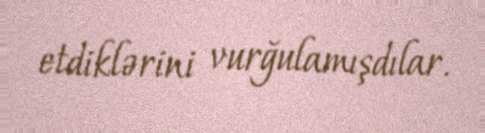
etdiklərini vurğulamışdılar.